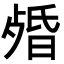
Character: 𣨯